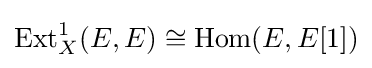
\operatorname {Ext} _{X}^{1}(E,E)\cong \operatorname {Hom} (E,E[1])